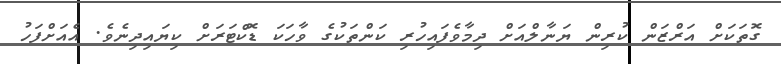
ގޮތަކަށް އަރްޒަން ކުރިން ޔަނާލްއަށް ދިމާވެފައިހުރި ކަންތަކުގެ ވާހަކަ ޑޮކްޓަރަށް ކިޔައިދިނެވެ. އެއަށްފަހު